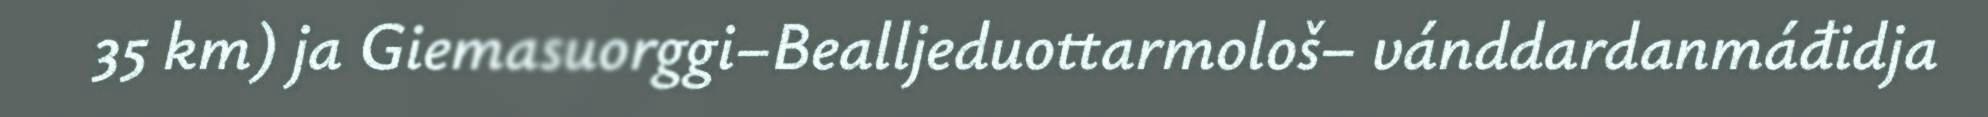
35 km) ja Giemasuorggi–Bealljeduottarmološ– vánddardanmáđidja